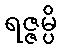
ရဇ္ဇမ္ပိ